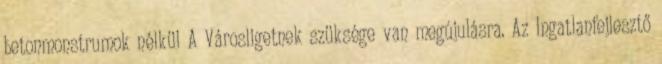
betonmonstrumok nélkül A Városligetnek szüksége van megújulásra. Az Ingatlanfejlesztő